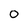
Character: 0